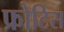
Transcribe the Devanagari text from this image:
फ्रोटिस